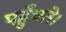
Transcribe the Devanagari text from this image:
पहुँचते।